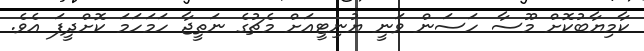
ކާމިޔާބުކޮށް މޫސާ ހަސަން ވަނީ ޔުނިޓީއަށް މެޗުގެ ނަތީޖާ ހަމަހަމަ ކޮށްދީފަ އެވެ.